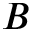
B